342_HS1-416511228_319.1 Flying Discs 1949
Agency: Department of War
Incident date: 1/9/50
Page 5
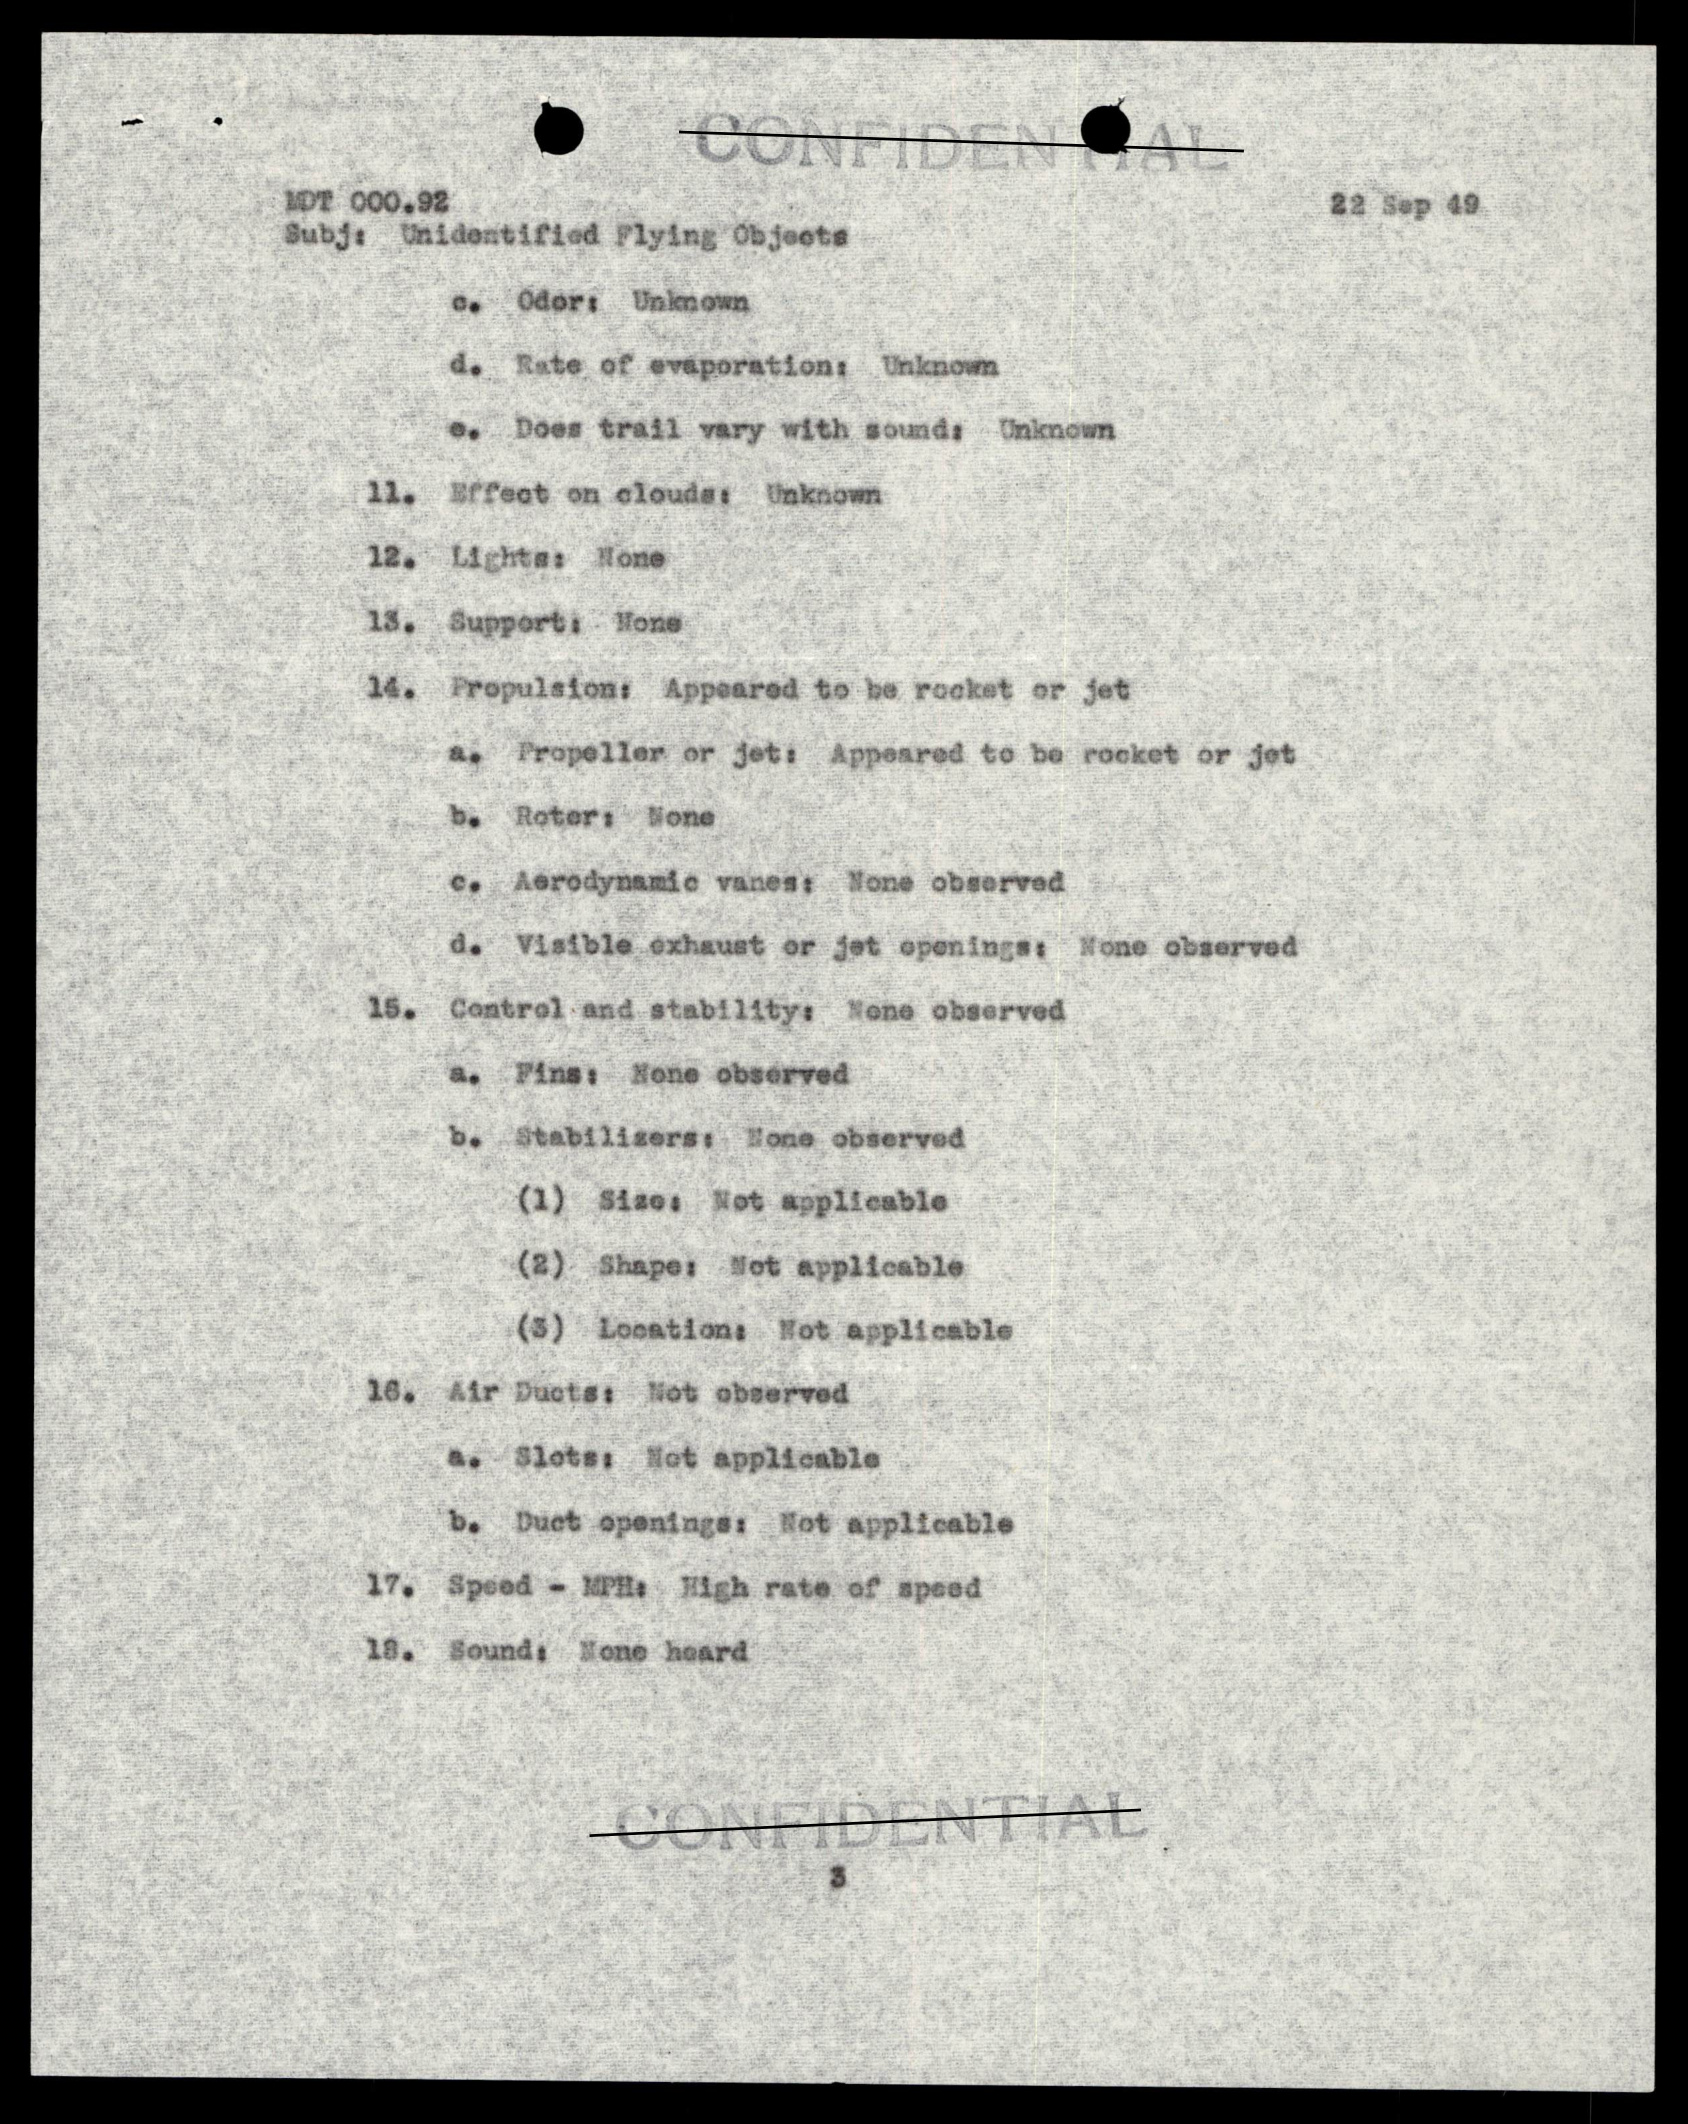